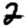
Digit: 2